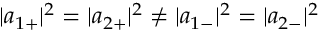
| { a } _ { 1 + } | ^ { 2 } = | { a } _ { 2 + } | ^ { 2 } \neq | { a } _ { 1 - } | ^ { 2 } = | { a } _ { 2 - } | ^ { 2 }